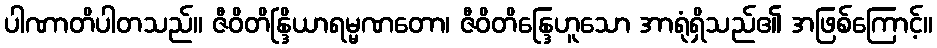
ပါဏာတိပါတသည်။ ဇီဝိတိန္ဒြိယာရမ္မဏတော၊ ဇီဝိတိန္ဒြေဟူသော အာရုံရှိသည်၏ အဖြစ်ကြောင့်။